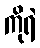
ကိုရဲ